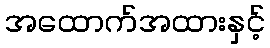
အထောက်အထားနှင့်